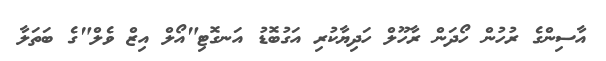
އާސިންގެ ރުހުން ހޯދަން ރާހޫލް ހަދިޔާކުރި އަގުބޮޑު އަނގޮޓި"އޯލް އިޒް ވެލް"ގެ ބަތަލާ